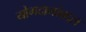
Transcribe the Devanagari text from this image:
योगदानांबद्दल